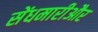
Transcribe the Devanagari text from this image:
सेंधमारीऔर